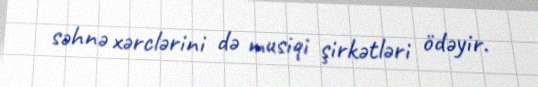
səhnə xərclərini də musiqi şirkətləri ödəyir.